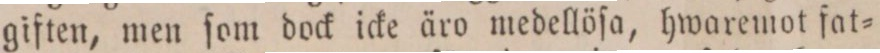
giften, men ſom dock icke äro medellöſa, hwaremot fat=